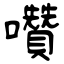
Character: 囋